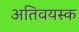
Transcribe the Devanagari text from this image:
अतिवयस्क